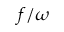
f / \omega